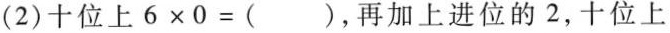
(2).十位上$$6 \times 0 =$$(),再加上进位的2，十位上